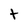
Character: t